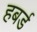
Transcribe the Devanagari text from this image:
हबर्ड